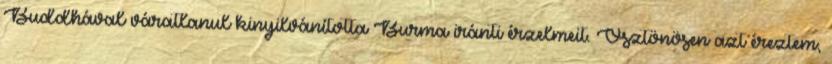
Buddhával váratlanul kinyilvánította Burma iránti érzelmeit. Ösztönösen azt éreztem,